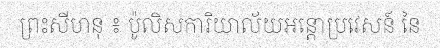
ព្រះសីហនុ ៖ ប៉ូលិសការិយាល័យអន្តោប្រវេសន៍ នៃ